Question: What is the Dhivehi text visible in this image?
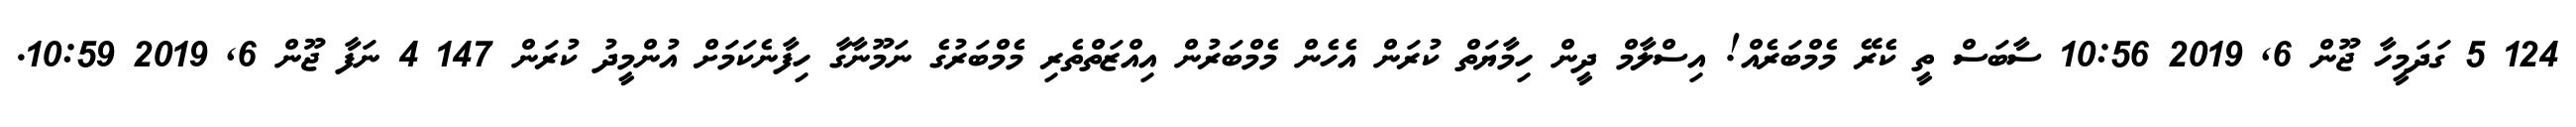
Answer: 124 5 ގަދަމީހާ ޖޫން 6, 2019 10:56 ސާބަސް ތީ ކެރޭ މެމްބަރެއް! އިސްލާމް ދީން ހިމާޔަތް ކުރަން އެހެން މެމްބަރުން އިއްޒަތްތެރި މެމްބަރުގެ ނަމޫނާގާ ހިފާނެކަމަށް އުންމީދު ކުރަން 147 4 ނަފާ ޖޫން 6, 2019 10:59.